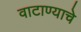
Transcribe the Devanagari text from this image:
वाटाण्याचे